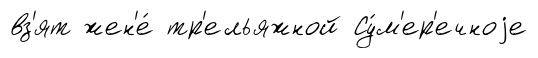
вз'ят жен'е́ тр'ельяжной Су́м'ер'ечноjе